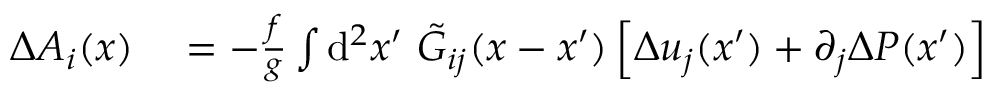
\begin{array} { r l } { \Delta A _ { i } ( x ) } & { { } = - \frac { f } { g } \int \ensuremath { \operatorname { d } \! { } ^ { 2 } } x ^ { \prime } \ \tilde { G } _ { i j } ( x - x ^ { \prime } ) \left[ \Delta u _ { j } ( x ^ { \prime } ) + \partial _ { j } \Delta P ( x ^ { \prime } ) \right] \, } \end{array}